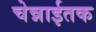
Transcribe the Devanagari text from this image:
चेन्नाईतक